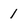
Character: 1